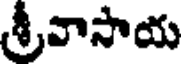
శ్రీవాసాయ